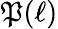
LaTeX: \mathfrak{P}(\ell)